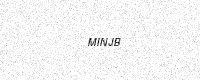
Text: MINJB